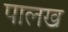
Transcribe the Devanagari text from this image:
पालख